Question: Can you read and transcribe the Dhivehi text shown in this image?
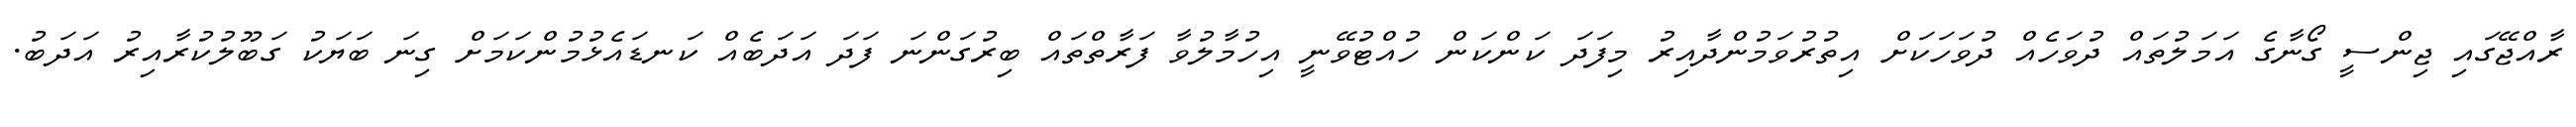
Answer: ރާއްޖޭގައި ޖިންސީ ގޯނާގެ އަމަލުތައް ދުވަހެއް ދުވަހަކަށް އިތުރުވަމުންދާއިރު މިފަދަ ކަންކަން ހުއްޓުވޭނީ އިހުމާލުވާ ފަރާތްތައް ބިރުގަންނަ ފަދަ އަދަބެއް ކަނޑައެޅުމުންކަމަށް ގިނަ ބަޔަކު ގަބޫލުކުރާއިރު އަދަބު.